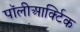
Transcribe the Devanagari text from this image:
पॉलीआर्क्टिक